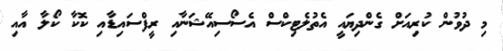
މި ދުވުން ކުރިއަށް ގެންދިޔައީ އެތުލެޓިކްސް އެސޯސިއޭޝަނާއި ރީފްސައިޑާއި ކޮކާ ކޯލާ އާއި